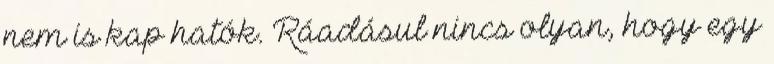
nem is kap­ hatók. Ráadásul nincs olyan, hogy egy